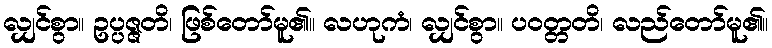
လျှင်စွာ။ ဥပ္ပဇ္ဇတိ၊ ဖြစ်တော်မူ၏။ လဟုကံ၊ လျှင်စွာ။ ပဝတ္တတိ၊ လည်တော်မူ၏။